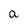
Character: a